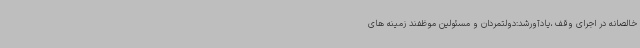
خالصانه در اجرای وقف ،یادآورشد:دولتمردان و مسئولین موظفند زمینه های